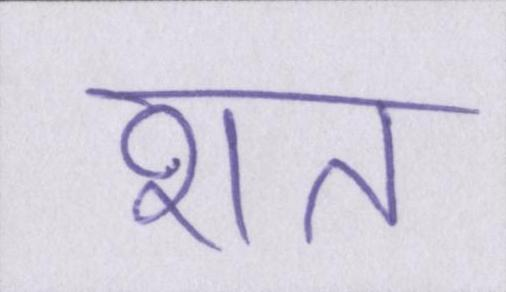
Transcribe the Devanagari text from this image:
शत